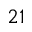
2 1